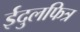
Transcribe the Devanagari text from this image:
ईदुलफित्र